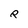
Character: R